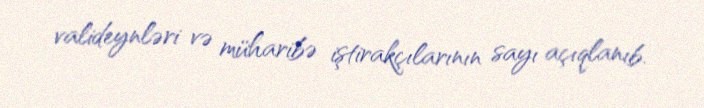
valideynləri və müharibə iştirakçılarının sayı açıqlanıb.